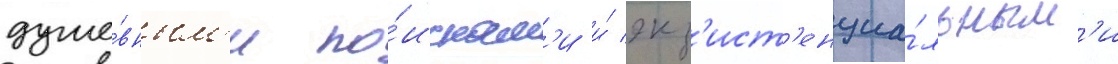
душе́вным'и по́искам'и и́ экз'ист'енциа́льным'и